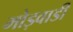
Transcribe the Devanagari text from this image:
मोड़वाडी